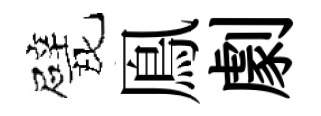
戏鳯劇